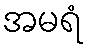
အမရံ